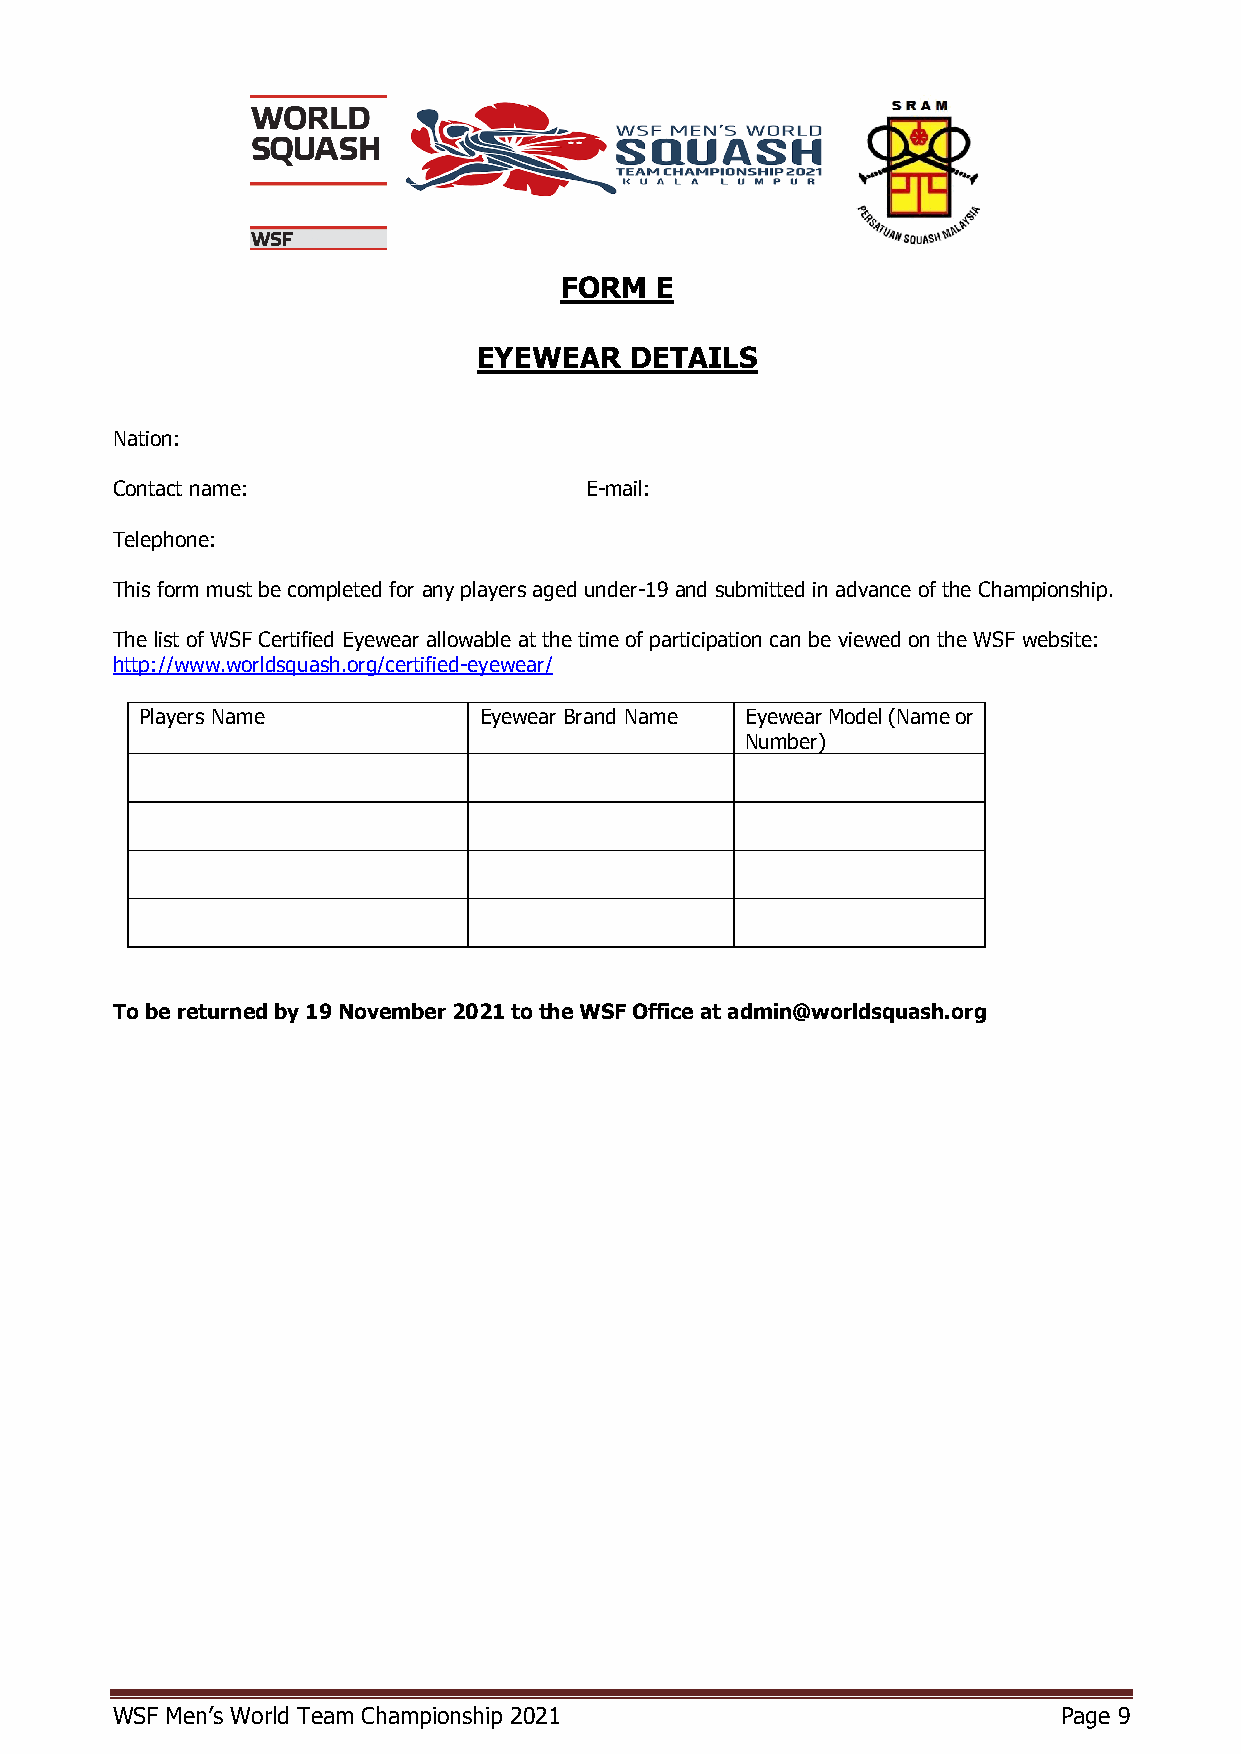
FORM  E
 EYEWEAR   DETAILS
 Nation:
 Contact name:                   E-mail:
 Telephone:
 This form must be completed for any players aged under-19 and submitted in advance of the Championship.
 The list of WSF Certified Eyewear allowable at the time of participation can be viewed on the WSF website:
 http://www.worldsquash.org/certified-eyewear/
 Players Name           Eyewear Brand Name Eyewear Model (Name or
 Number)
 To be returned by 19 November 2021 to the WSF Office at admin@worldsquash.org
 WSF Men’s World Team Championship 2021                         Page 9